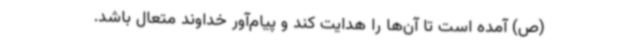
(ص) آمده است تا آن‌ها را هدایت کند و پیام‌آور خداوند متعال باشد.